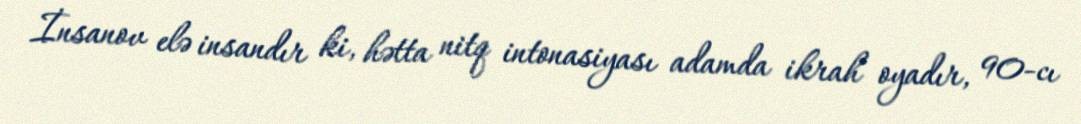
İnsanov elə insandır ki, hətta nitq intonasiyası adamda ikrah oyadır, 90-cı